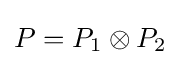
P=P_{1}\otimes P_{2}